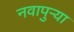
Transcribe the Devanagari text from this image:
नवापुर्‍या